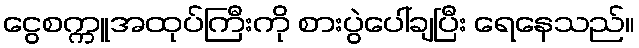
ငွေစက္ကူအထုပ်ကြီးကို စားပွဲပေါ်ချပြီး ရေနေသည်။